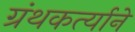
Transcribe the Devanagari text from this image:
ग्रंथकर्त्याने